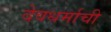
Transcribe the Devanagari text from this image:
देवधर्माची